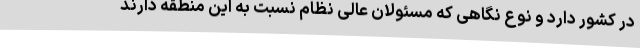
در کشور دارد و نوع نگاهی که مسئولان عالی نظام نسبت به این منطقه دارند